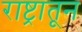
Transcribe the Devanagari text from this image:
राष्ट्रातून